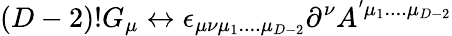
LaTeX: (D-2)!G_{\mu}\leftrightarrow\epsilon_{\mu\nu\mu_{1}....\mu_{D-2}}\partial^{\nu}A^{'\mu_{1}....\mu_{D-2}}